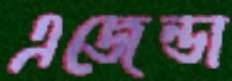
এজেন্ডা